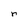
Character: r